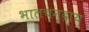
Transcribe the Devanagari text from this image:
भालचन्द्राय